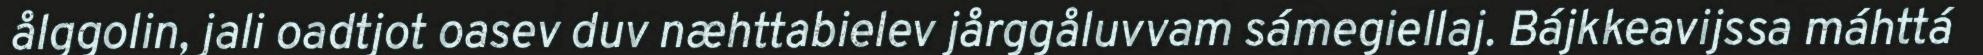
ålggolin, jali oadtjot oasev duv næhttabielev jårggåluvvam sámegiellaj. Bájkkeavijssa máhttá